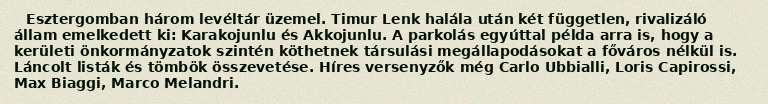
Esztergomban három levéltár üzemel. Timur Lenk halála után két független, rivalizáló állam emelkedett ki: Karakojunlu és Akkojunlu. A parkolás egyúttal példa arra is, hogy a kerületi önkormányzatok szintén köthetnek társulási megállapodásokat a főváros nélkül is. Láncolt listák és tömbök összevetése. Híres versenyzők még Carlo Ubbialli, Loris Capirossi, Max Biaggi, Marco Melandri.